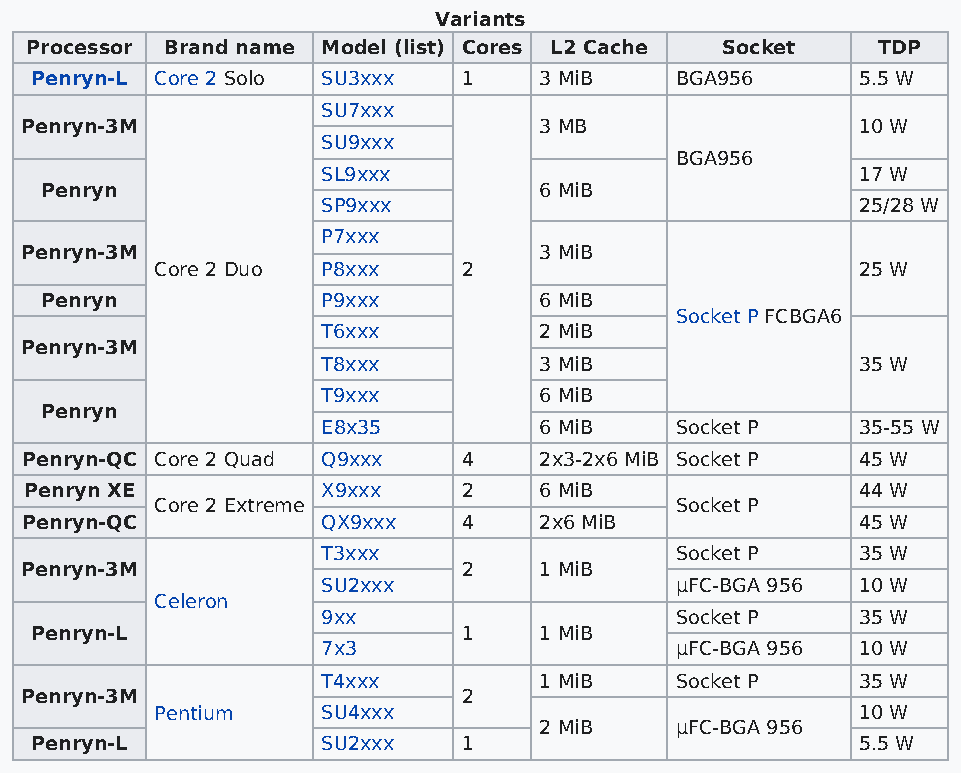
Variants
 Processor Brand name Model (list) Cores L2 Cache Socket TDP
 Penryn-L Core 2 Solo SU3xxx  1    3 MiB    BGA956      5.5 W
 SU7xxx
 Penryn-3M                          3 MB                 10 W
 SU9xxx
 BGA956
 SL9xxx                              17 W
 Penryn                           6 MiB
 SP9xxx                              25/28 W
 P7xxx
 Penryn-3M                          3 MiB
 Core 2 Duo P8xxx     2                         25 W
 Penryn            P9xxx          6 MiB
 Socket P FCBGA6
 T6xxx          2 MiB
 Penryn-3M
 T8xxx          3 MiB                35 W
 T9xxx          6 MiB
 Penryn
 E8x35          6 MiB    Socket P    35-55 W
 Penryn-QC Core 2 Quad Q9xxx   4    2x3-2x6 MiB Socket P 45 W
 Penryn XE          X9xxx     2    6 MiB                44 W
 Core 2 Extreme                     Socket P
 Penryn-QC           QX9xxx    4    2x6 MiB              45 W
 T3xxx                   Socket P    35 W
 Penryn-3M                     2    1 MiB
 SU2xxx                  µFC-BGA 956 10 W
 Celeron
 9xx                     Socket P    35 W
 Penryn-L                     1    1 MiB
 7x3                     µFC-BGA 956 10 W
 T4xxx          1 MiB    Socket P    35 W
 Penryn-3M                     2
 Pentium    SU4xxx                              10 W
 2 MiB    µFC-BGA 956
 Penryn-L           SU2xxx    1                         5.5 W